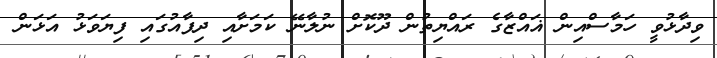
ވިދާޅުވީ ހަމާސްއިން ޣައްޒާގެ ރައްޔިތުން ދޫކޮށް ނުލާނޭ ކަމަށާއި ދިފާއުގައި ފިޔަވަޅު އަޅަން